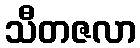
သီတဇလာ